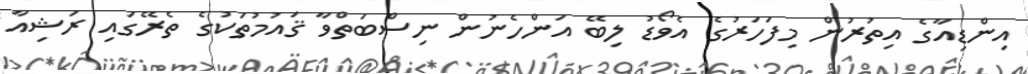
އިންޑިއާގެ އިތުރުން މިފަހަރުގެ އެވޯޑު ލިބޭ އަންހެނުން ނިސްބަތްވާ ޤައުމުތަކުގެ ތެރޭގައި ރަޝިއާ